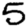
Digit: 5